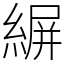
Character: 𦂤